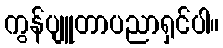
ကွန်ပျူတာပညာရှင်ပါ။